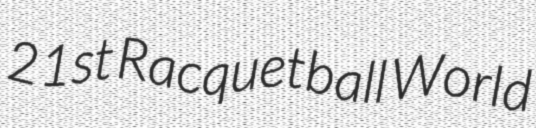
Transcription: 21st Racquetball World